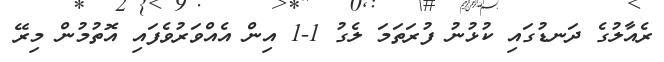
ރެއާލުގެ ދަނޑުގައި ކުޅުނު ފުރަތަމަ ލެގު 1-1 އިން އެއްވަރުވެފައި އޮތުމުން މިރޭ